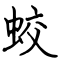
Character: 蛟